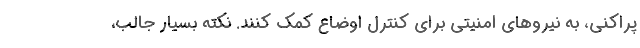
پراکنی، به نیروهای امنیتی برای کنترل اوضاع کمک کنند. نکته بسیار جالب،